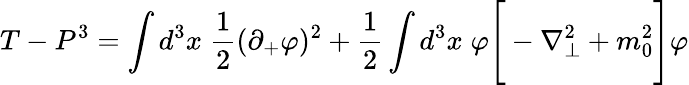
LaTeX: T-P^{3}=\int d^{3}x\; {\frac{1}{2}}(\partial_{+}\varphi)^{2}+{\frac{1}{2}}\int d^{3}x\; \varphi\Bigg[-\nabla_{\perp}^{2}+m_{0}^{2}\Bigg]\varphi